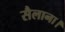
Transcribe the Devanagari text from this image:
सैलाना।